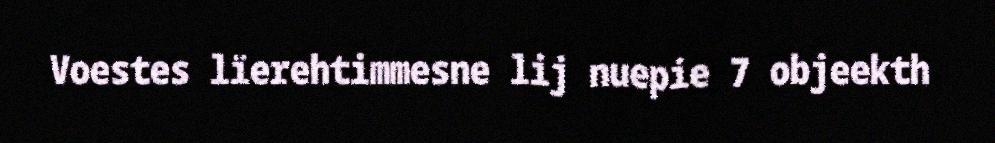
Voestes lïerehtimmesne lij nuepie 7 objeekth